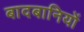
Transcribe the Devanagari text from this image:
बादबानियों